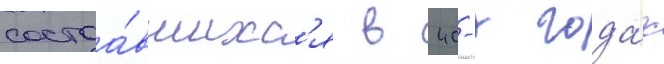
состоа́вшихс'я в 40-х года́х